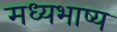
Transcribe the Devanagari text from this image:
मध्यभाष्य